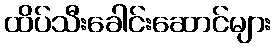
ထိပ်သီးခေါင်းဆောင်များ